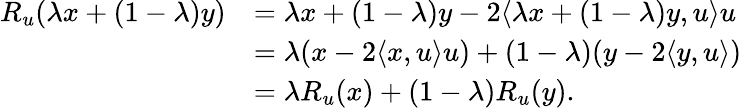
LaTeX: \begin{array}{rl}{R_{u}(\lambda x+(1-\lambda)y)}&{=\lambda x+(1-\lambda)y-2\langle\lambda x+(1-\lambda)y,u\rangle u}\\ &{=\lambda(x-2\langle x,u\rangle u)+(1-\lambda)(y-2\langle y,u\rangle)}\\ &{=\lambda R_{u}(x)+(1-\lambda)R_{u}(y).}\end{array}